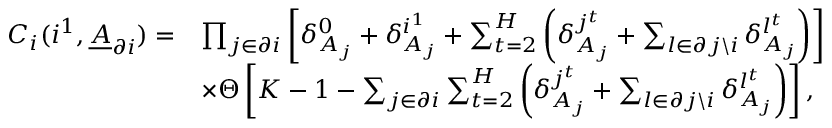
\begin{array} { r l } { C _ { i } ( i ^ { 1 } , \underline { { A } } _ { \partial i } ) = } & { \prod _ { j \in \partial i } \left[ \delta _ { A _ { j } } ^ { 0 } + \delta _ { A _ { j } } ^ { i ^ { 1 } } + \sum _ { t = 2 } ^ { H } \left( \delta _ { A _ { j } } ^ { j ^ { t } } + \sum _ { l \in \partial j \backslash i } \delta _ { A _ { j } } ^ { l ^ { t } } \right) \right] } \\ & { \times \Theta \left[ K - 1 - \sum _ { j \in \partial i } \sum _ { t = 2 } ^ { H } \left( \delta _ { A _ { j } } ^ { j ^ { t } } + \sum _ { l \in \partial j \backslash i } \delta _ { A _ { j } } ^ { l ^ { t } } \right) \right] , } \end{array}